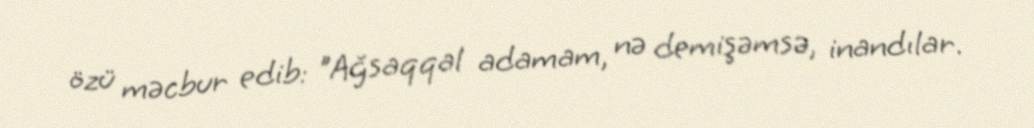
özü məcbur edib: "Ağsaqqal adamam, nə demişəmsə, inandılar.